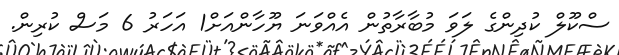
ސްކޫލް ކުދިންގެ ލަވަ މުބާރާތުން އެއްވަނަ ޔޫހާންއަށް1 އަހަރު 6 މަސް ކުރިން.